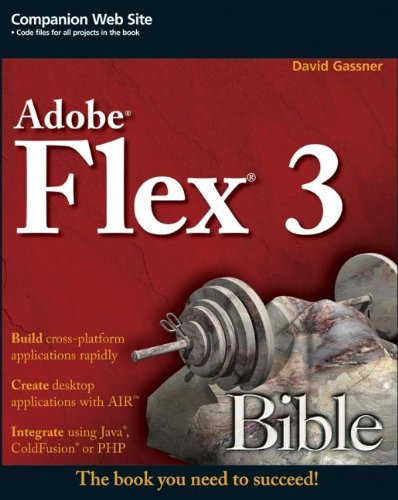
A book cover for Flex 3 Bible; David Gassner; Computers & Technology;